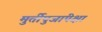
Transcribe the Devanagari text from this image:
मुर्तीपुजांपेक्षा